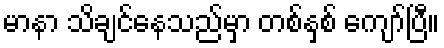
မာနာ သိချင်နေသည်မှာ တစ်နှစ် ကျော်ပြီ။